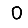
Digit: 0